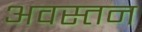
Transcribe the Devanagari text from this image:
अवस्तन